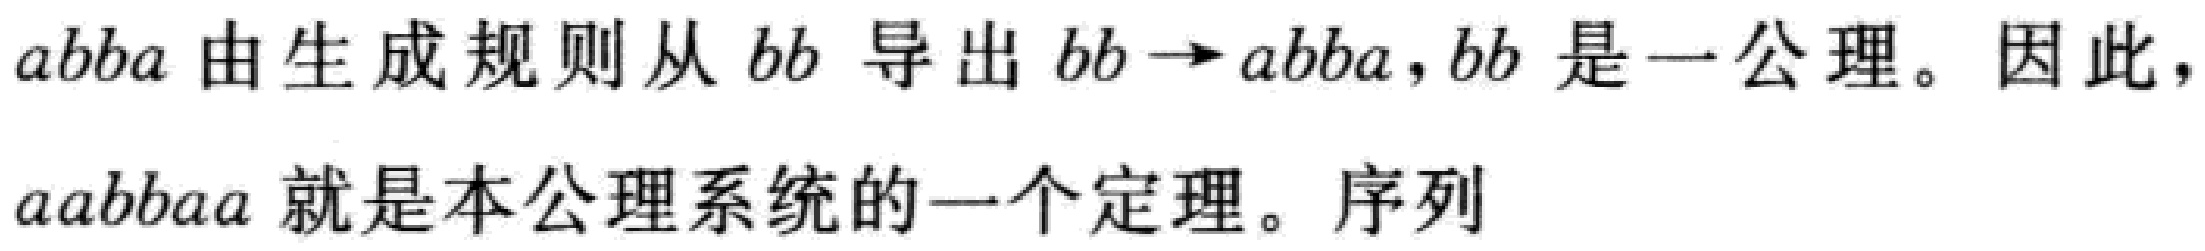
$abba$ 由生成规则从 $bb$ 导出 $bb\rightarrow abba,bb$ 是一公理。因此，$aabbaa$ 就是本公理系统的一个定理。序列